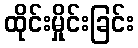
ထိုင်းမှိုင်းခြင်း